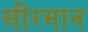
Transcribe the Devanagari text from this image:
सीरमान